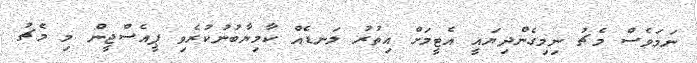
ނަމަވެސް މެޗު ނިމިގެންދިޔައީ އެޓީމަށް އިތުރު ލަނޑެއް ކާމިޔާބުނުކުރެވި ޕީއެސްޖީން މި މެޗު